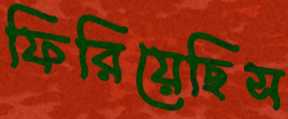
ফিরিয়েছিস